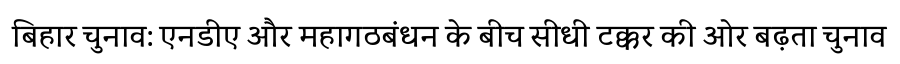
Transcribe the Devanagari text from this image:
बिहार चुनाव: एनडीए और महागठबंधन के बीच सीधी टक्कर की ओर बढ़ता चुनाव